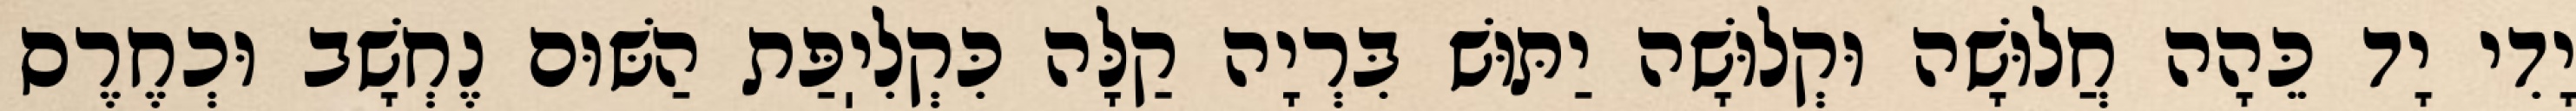
יָדִי יָד כֵּהָה חֲלוּשָׁה וּקְלוּשָׁה יַתּוּשׁ בִּרְיָה קַלָּה כִּקְלִיֽפַּת הַשּׁוּם נֶחְשָׁב וּכְחֶרֶס